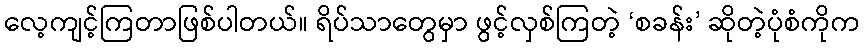
လေ့ကျင့်ကြတာဖြစ်ပါတယ်။ ရိပ်သာတွေမှာ ဖွင့်လှစ်ကြတဲ့ ‘စခန်း’ ဆိုတဲ့ပုံစံကိုက